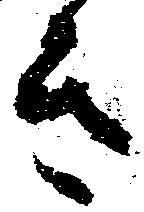
き